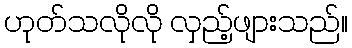
ဟုတ်သလိုလို လှည့်ဖျားသည်။